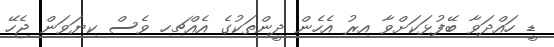
ޑީ ހައްދަވާ ބޭފުޅަކަށްވާ އިރު އެހެން ދީންތަކުގެ އެއްޗިހި ވެސް ކިޔަވަން ޖެހޭ